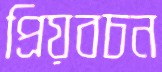
প্রিয়বচন